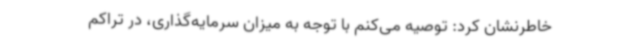
خاطرنشان کرد: توصیه می‌کنم با توجه به میزان سرمایه‌گذاری، در تراکم